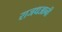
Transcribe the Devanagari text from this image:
राजधआनी